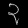
Digit: ၃